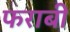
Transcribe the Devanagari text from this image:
फराबी